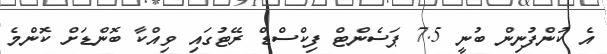
އެ ކުންފުނިން ބުނީ 7.5 ޕަސެންޓް ފިކްސްޑް ރޭޓުގައި ވިއްކާ ބޮންޑަށް ކޮންމެ